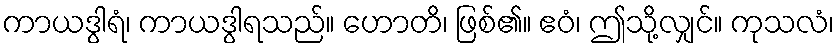
ကာယဒွါရံ၊ ကာယဒွါရသည်။ ဟောတိ၊ ဖြစ်၏။ ဧဝံ၊ ဤသို့လျှင်။ ကုသလံ၊